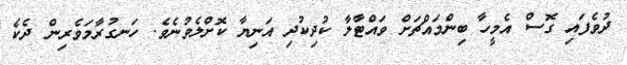
ދުވެފައި ގޮސް އެމީހާ ބިންމައްޗަށް ވައްޓާލާ ކުދިކުދި އަނިޔާ ކޮށްލެވުނެވެ. ހަނގުރާމަވެރިން ދެކެ